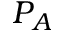
P _ { A }